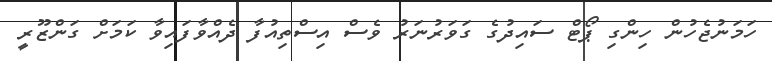
ހަމަނުޖެހުން ހިންގި ޕޯޓް ސައިދުގެ ގަވަރުނަރު ވެސް އިސްތިއުފާ ދެއްވާފައިވާ ކަމަށް ގަންޒޫރީ